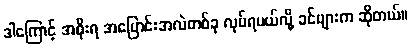
ဒါကြောင့် အစိုးရ အပြောင်းအလဲတစ်ခု လုပ်ရမယ်လို့ ခင်ဗျားက ဆိုတယ်။